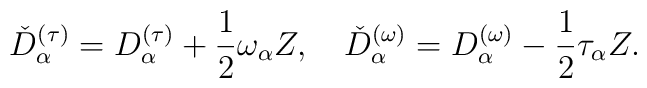
\check{D}^{(\tau)}_{\alpha} = D^{(\tau)}_{\alpha} +\frac{1}{2}\omega_{\alpha}Z, \quad\check{D}^{(\omega)}_{\alpha} = D^{(\omega)}_{\alpha} - \frac{1}{2}\tau_{\alpha}Z.